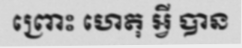
ព្រោះ ហេតុ អ្វី បាន